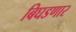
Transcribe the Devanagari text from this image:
बिघडणार